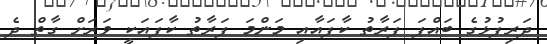
ދަރިފުޅުގެ ބައްޕަ ފަރާތު ކާފައާއި މަންމަ ފަރާތު ކާފައަކީ ވަރަށް ގާތް ދެ